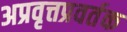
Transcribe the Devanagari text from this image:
अप्रवृत्तप्रवर्तक